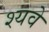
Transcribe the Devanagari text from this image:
श्यवे